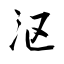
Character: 沤